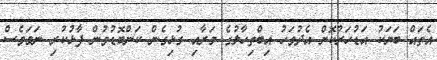
އެތައް ބަޔަކު އަޑުހަރުކޮށް އެދުވަހު އިބްތިހާލުގެ މަރާއި ގުޅިގެން ކަންބޮޑުވުން ފާޅުކުރި ނަމަވެސް